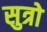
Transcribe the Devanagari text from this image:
सुत्रो